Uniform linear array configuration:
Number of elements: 32
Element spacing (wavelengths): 0.5
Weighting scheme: cosine
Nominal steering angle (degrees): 30
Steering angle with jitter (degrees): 29.988
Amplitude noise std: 0.05
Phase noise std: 0.05

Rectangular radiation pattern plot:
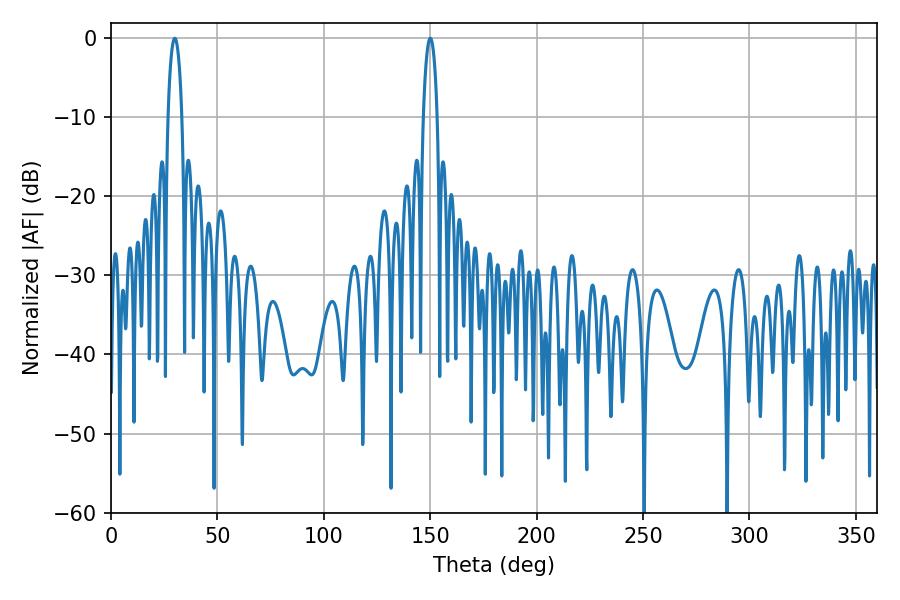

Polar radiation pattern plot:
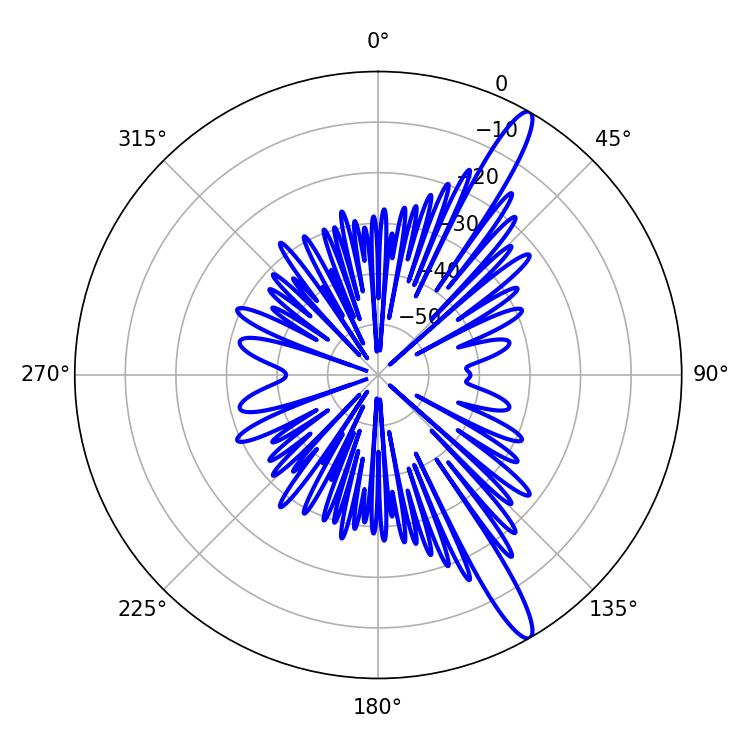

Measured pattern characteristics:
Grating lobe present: FALSE
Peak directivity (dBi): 14.398
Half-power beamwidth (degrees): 3.78
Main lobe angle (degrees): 30.06